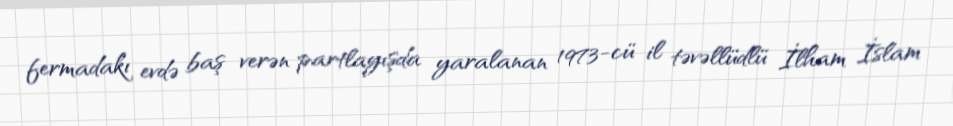
fermadakı evdə baş verən partlayışda yaralanan 1973-cü il təvəllüdlü İlham İslam